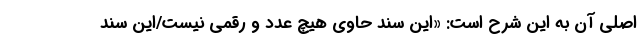
اصلی آن به این شرح است: «این سند حاوی هیچ عدد و رقمی نیست/این سند